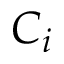
C _ { i }